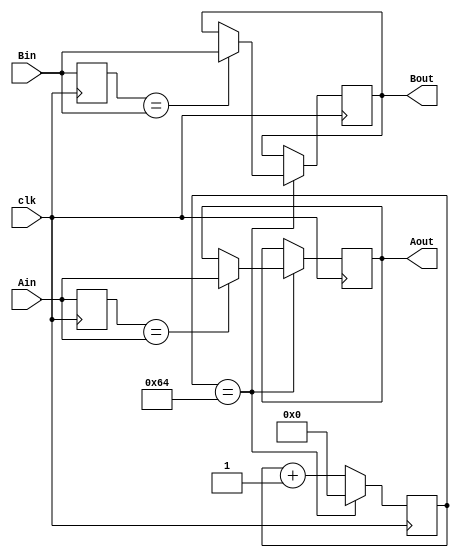
// This program was cloned from: https://github.com/FPGADude/Digital-Design
// License: GNU General Public License v3.0

`timescale 1ns / 1ps
//////////////////////////////////////////////////////////////////////////////////
// Company: Digilent Inc.
// Engineers: Michelle Yu
//				  Josh Sackos
// 
// Design Name: 
// Module Name:    Debouncer 
// Project Name: 	 PmodENC
// Target Devices: Nexys 3 
// Tool versions: Xilinx ISE Design Suite 14.1
//
// Description: 
//	This file defines a debouncer for eliminating the logic noise presented when the shaft is rotated.
//
// Revision: 
// Revision 0.01 - File Created
//////////////////////////////////////////////////////////////////////////////////
module debounce(
    input clk,
    input Ain,
    input Bin,
    output Aout,
    output Bout
    );

	 // ===========================================================================
	 // 							  Parameters, Regsiters, and Wires
	 // ===========================================================================
	 reg r_Aout = 0;
	 reg r_Bout = 0;

	 reg [6:0] sclk = 0;
	 reg sampledA = 0;
	 reg sampledB = 0;
	 
	 // ===========================================================================
	 // 										Implementation
	 // ===========================================================================
	 always @(posedge clk) begin
			sampledA <= Ain;
			sampledB <= Bin;
			// clock is divided to 1MHz
			// samples every 1uS to check if the input is the same as the sample
			// if the signal is stable, the debouncer should output the signal
			
			if(sclk == 100) begin
					if(sampledA == Ain) begin
							r_Aout <= Ain;
					end
					
					if(sampledB == Bin) begin
							r_Bout <= Bin;
					end
					
					sclk <= 0;
			end
			else begin
					sclk <= sclk + 1;
			end
	 end

    assign Aout = r_Aout;
    assign Bout = r_Bout;

endmodule